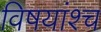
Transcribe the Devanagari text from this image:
विषयांश्च